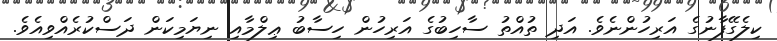
ކިލެގޭފާނުގެ އަރިހުންނެވެ. އަދި ތުއްތު ސާހިބުގެ އަރިހުން ހިސާބު ޢިލްމާއި ނިޔަމިކަން ދަސްކުރެއްވިއެވެ.